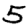
Digit: 5